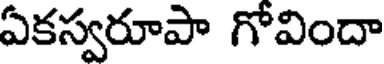
ఏకస్వరూపా గోవిందా